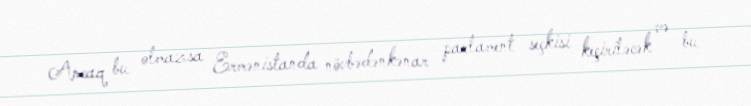
Ancaq bu olmazsa Ermənistanda növbədənkənar parlament seçkisi keçiriləcək və bu